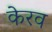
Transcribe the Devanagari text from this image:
केरव